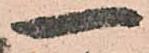
一